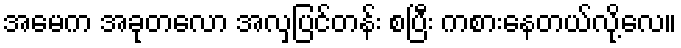
အမေက အခုတလော အလှပြင်တန်း စပြီး ကစားနေတယ်လို့လေ။